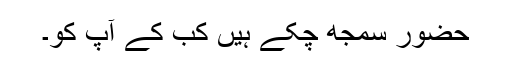
حضور سمجھ چکے ہیں کب کے آپ کو۔